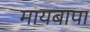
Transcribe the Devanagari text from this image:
मायबापा